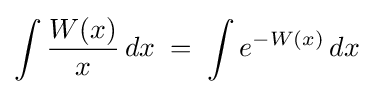
\int {\frac {W(x)}{x}}\,dx\;=\;\int e^{-W(x)}\,dx